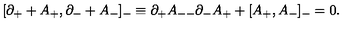
[ \partial _ { + } + A _ { + } , \partial _ { - } + A _ { - } ] _ { - } \equiv \partial _ { + } A _ { -- } \partial _ { - } A _ { + } + [ A _ { + } , A _ { - } ] _ { - } = 0 .